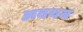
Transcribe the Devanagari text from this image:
अवयब